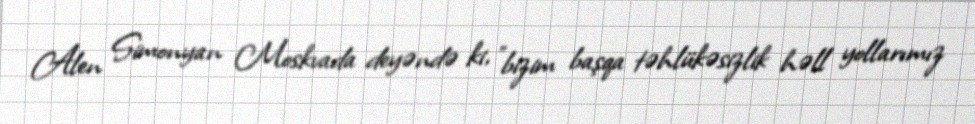
Alen Simonyan Moskvada deyəndə ki, "bizim başqa təhlükəsizlik həll yollarımız